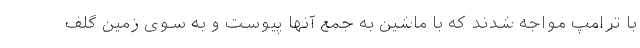
با ترامپ مواجه شدند که با ماشین به جمع آنها پیوست و به سوی زمین گلف